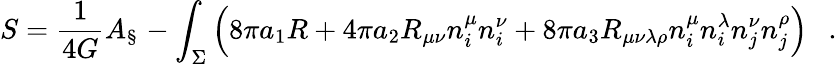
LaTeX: S={\frac{1}{4G}}A_{\S}-\int_{\Sigma}\left(8\pi a_{1}R+4\pi a_{2}R_{\mu\nu}n_{i}^{\mu}n_{i}^{\nu}+8\pi a_{3}R_{\mu\nu\lambda\rho}n_{i}^{\mu}n_{i}^{\lambda}n_{j}^{\nu}n_{j}^{\rho}\right)~~~.